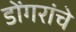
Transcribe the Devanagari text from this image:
डोंगरांचे